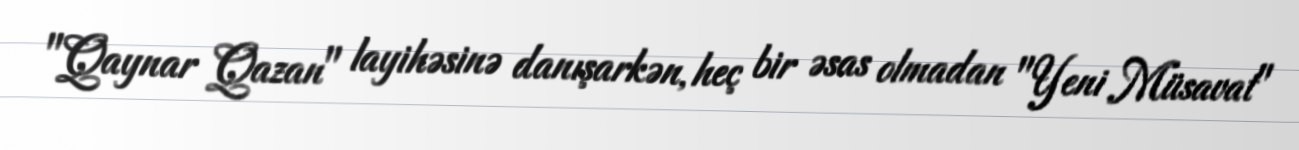
"Qaynar Qazan" layihəsinə danışarkən, heç bir əsas olmadan "Yeni Müsavat"